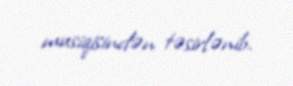
musiqisindən təsirlənib.